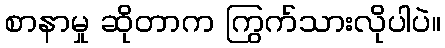
စာနာမှု ဆိုတာက ကြွက်သားလိုပါပဲ။